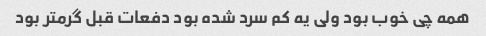
همه چی خوب بود ولی یه کم سرد شده بود دفعات قبل گرمتر بود